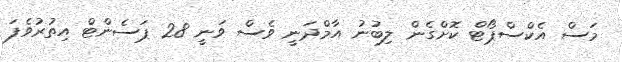
މަސް އެކްސްޕޯޓް ކޮށްގެން ލިބުނު އާމްދަނީ ވެސް ވަނީ 28 ޕަސެންޓް އިތުރުވެފަ